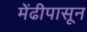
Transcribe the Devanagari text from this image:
मेंढीपासून